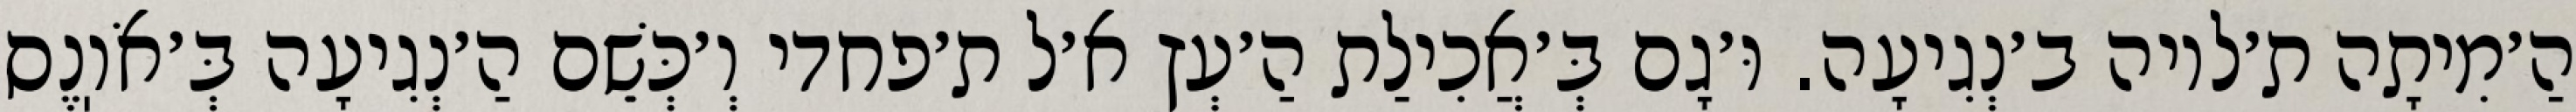
הַ׳מִיתָה ת׳לויה ב׳נְגִיעָה. וּ׳גָם בְּ׳אֲכִילַת הַ׳עְץ א׳ל ת׳פחדי וְ׳כְּשֵׁם הַ׳נְגִיעָה בְּ׳אֹוֽנֶס